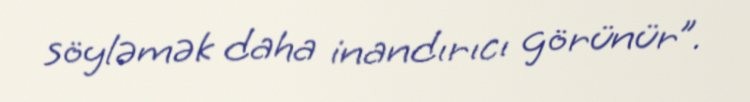
söyləmək daha inandırıcı görünür”.